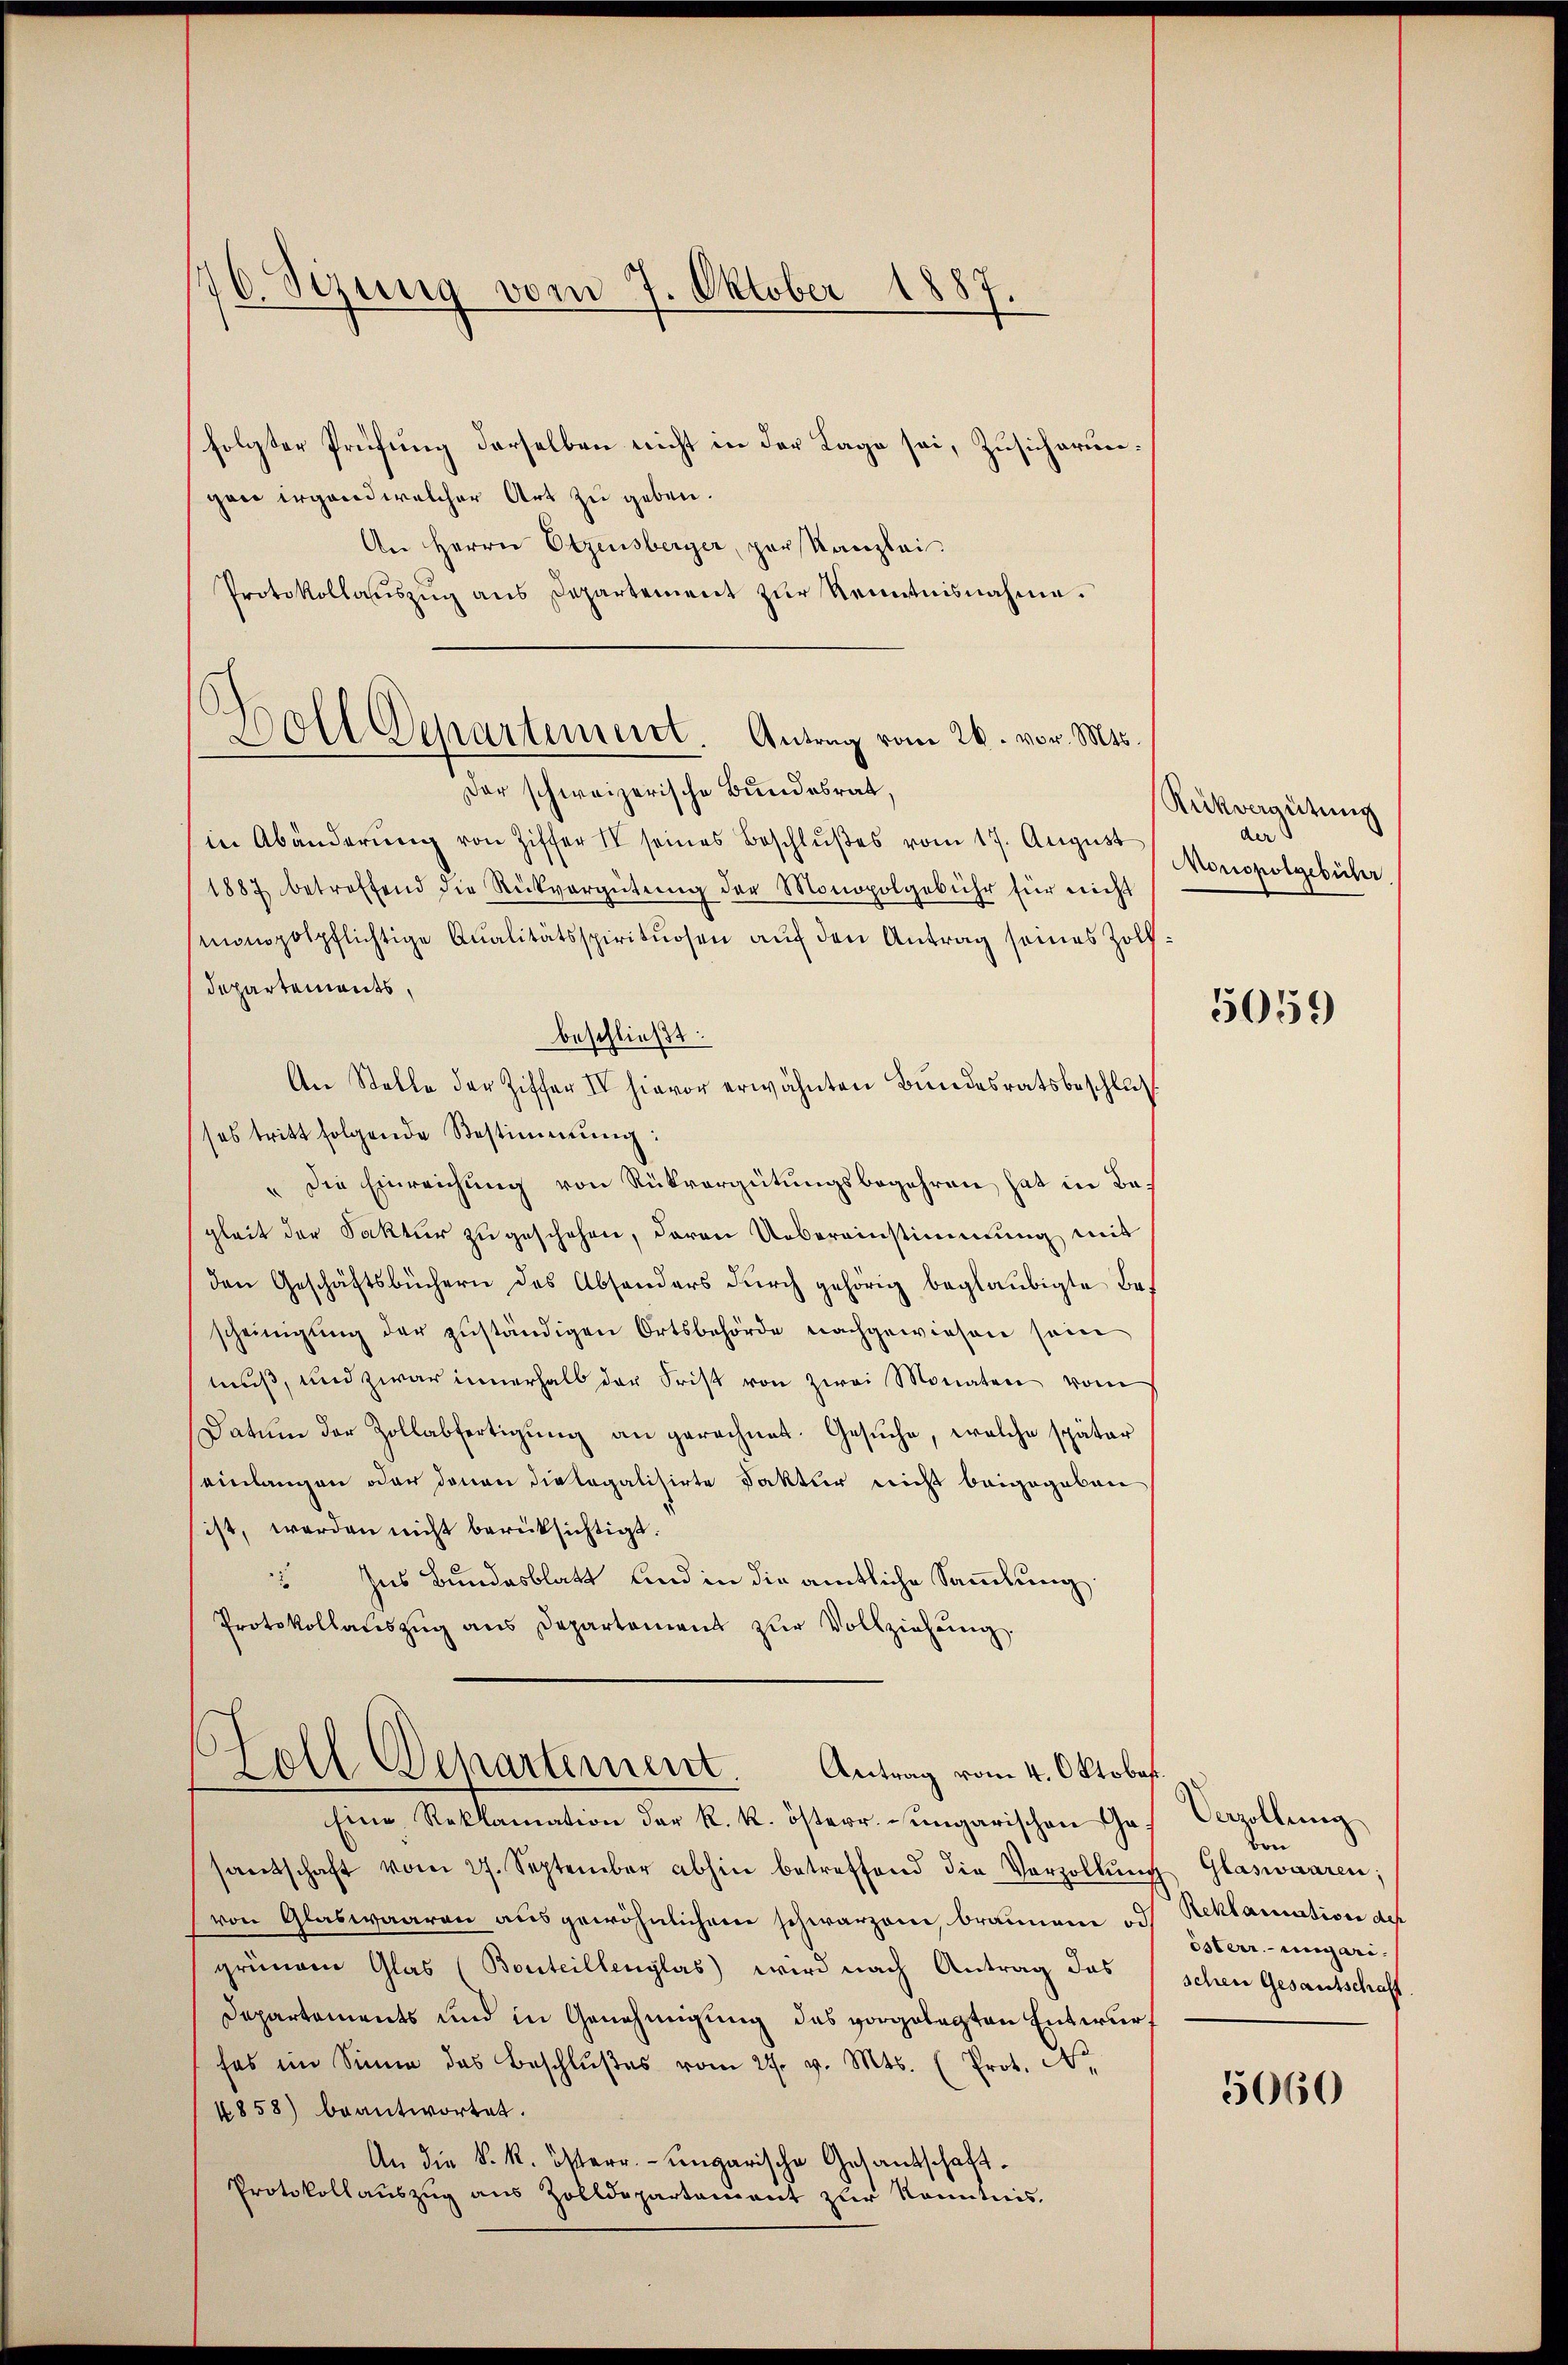
70. Sezung vom 7. Oktober 1887.

folgter Prüfung derselben nicht in der Lage sei, Zusicherungen irgend welcher Art zu geben.
An Herrn Otzensberger, par Kanzlei.
Protokollauszug aus Departement zur Kenntnisnahme.
Der schweizerische Bundesrat,
in Abänderŭng von Ziffer II seines Beschlŭβes vom 17. Aŭgŭst
1887 betreffend die Rückvergütŭng der Monopolgebühr für nicht
monopolpflichtige Qualitätsspirituosen auf den Antrag seines Zoll¬
Departements,
beschließt:
An Stelle der Ziffer IV hievor erwähnten Bundesratsbeschluß
sos tritt folgende Bestimmung:
" die Einreichung von Rückvergütungsbegehren hat in Begleit der Faktur zu geschehen, davon Uebereinstimmung mit
den Geschäftsbüchern des Absonders durch gehörig beglaubigte Bescheinigŭng der zŭständigen Ortsbehörde nachgewiesen sein
tnuß, und zwar innerhalb der Frist von zwei Monaten vom
Datum der Zollabfertigŭng an gerechnet. Gesŭche, welche später
einlangen oder denen die legalisirte Faktur nicht beigegeben
ist, werden nicht berücksichtigt.
Ins Bundesblatt und in die amtliche Sammlung
Protokollaŭszŭg ans Departement zŭr Vollziehŭng.

Doll Departement. Antrag vom 26. vor. Mts.

Eine Reklamation der k. k. österr. ungarischen Ge-
santschaft vom 27. September abhin betreffend die Verzollŭng Glaswaaren;
von Glaswaaren ausgewöhnlichem schwarzen, braunen od
grünem Glas (Bonteillenglas) wird nach Antrag das
Departements und in Genehmigung das vorgelegten Entwurf
fes im Sinne das Beschlŭβes vom 24. v. Mts. (Prot. Nr.
4858) beantwortet.
An die k. k. österr. ungarische Gesandschaft¬
Protokollaŭszŭg aŭs Zolldepartament zur Kenntnis.

Holl Departement Antrag vom 4. Oktober

Rikvergütung
der
Monopolgebühr.

5059

Verzellung
von
Reklamative des
österr.-ungarischein Gesantschaft

5060